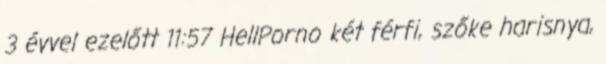
3 évvel ezelőtt 11:57 HellPorno két férfi, szőke harisnya,